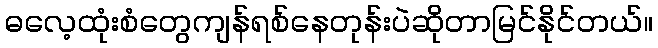
ဓလေ့ထုံးစံတွေကျန်ရစ်နေတုန်းပဲဆိုတာမြင်နိုင်တယ်။